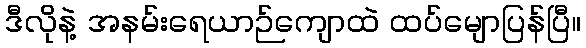
ဒီလိုနဲ့ အနမ်းရေယာဉ်ကျောထဲ ထပ်မျောပြန်ပြီ။